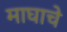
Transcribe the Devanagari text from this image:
माघाचे